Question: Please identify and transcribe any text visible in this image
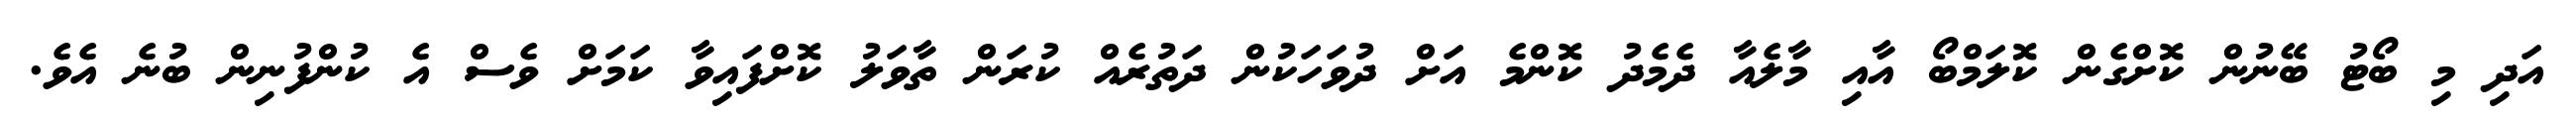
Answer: އަދި މި ބޯޓު ބޭނުން ކޮށްގެން ކޮލަމްބޯ އާއި މާލެއާ ދެމެދު ކޮންމެ އަށް ދުވަހަކުން ދަތުރެއް ކުރަން ތާވަލު ކޮށްފައިވާ ކަމަށް ވެސް އެ ކުންފުނިން ބުނެ އެވެ.